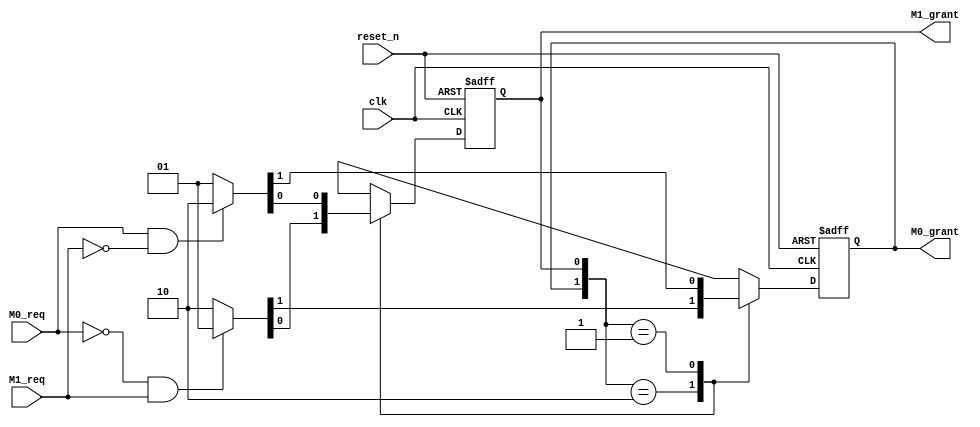
module arbiter(M0_req, M1_req, reset_n, clk, M0_grant, M1_grant);		// module of arbiter
	input M0_req, M1_req, reset_n, clk;									//input port M0_req - master0 request, master1 request
																					//clk-clock , reset_n - reset signal
	output reg M0_grant, M1_grant;										//output port : M0_grant - state of master1
																					//M1_grant - state of master2
	reg next_M0_grant, next_M1_grant;									//reg next state
	
	parameter M0GRANT=2'b10;												//parameterize state
	parameter M1GRANT=2'b01;
	
	always@(posedge clk or negedge reset_n)							//when state is changed.
		if(reset_n==0)															//when reset_n is 0
			{M0_grant, M1_grant}=M0GRANT;									//state is M0grant
		else																		//when clock is rising edge
			{M0_grant, M1_grant}={next_M0_grant, next_M1_grant};	//current state is next state
		
			
	always@(M0_req, M1_req, M0_grant, M1_grant)						//next state logic
		case({M0_grant, M1_grant})
		2'b10 : if((M0_req==0 && M1_req==1))							//when current state is M0GRANT
					{next_M0_grant, next_M1_grant}=M1GRANT;			//if M0_req is 0 and M1_req is 1, next state is M1GRANT
					else															//if not, state is not changed.
					{next_M0_grant, next_M1_grant}=M0GRANT;
		2'b01 : if(M0_req==1 && M1_req==0)								//when current state is M1GRANT
					{next_M0_grant, next_M1_grant}=M0GRANT;			//if M0_req is 1 and M1-req is 0, next state is M0GRANT
					else															//if not, state is not changed.
					{next_M0_grant, next_M1_grant}=M1GRANT;
		default : {next_M0_grant, next_M1_grant}=2'bx;				//default value : 
		endcase

endmodule							//endmodule